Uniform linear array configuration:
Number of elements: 12
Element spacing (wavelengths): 0.25
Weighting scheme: hann
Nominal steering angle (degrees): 45
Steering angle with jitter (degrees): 43.635
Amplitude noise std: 0.05
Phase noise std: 0.05

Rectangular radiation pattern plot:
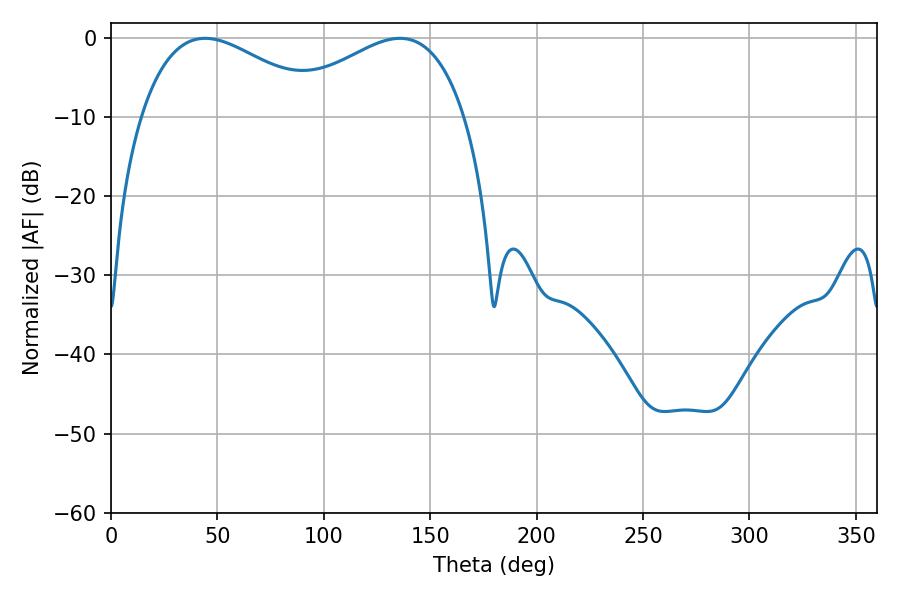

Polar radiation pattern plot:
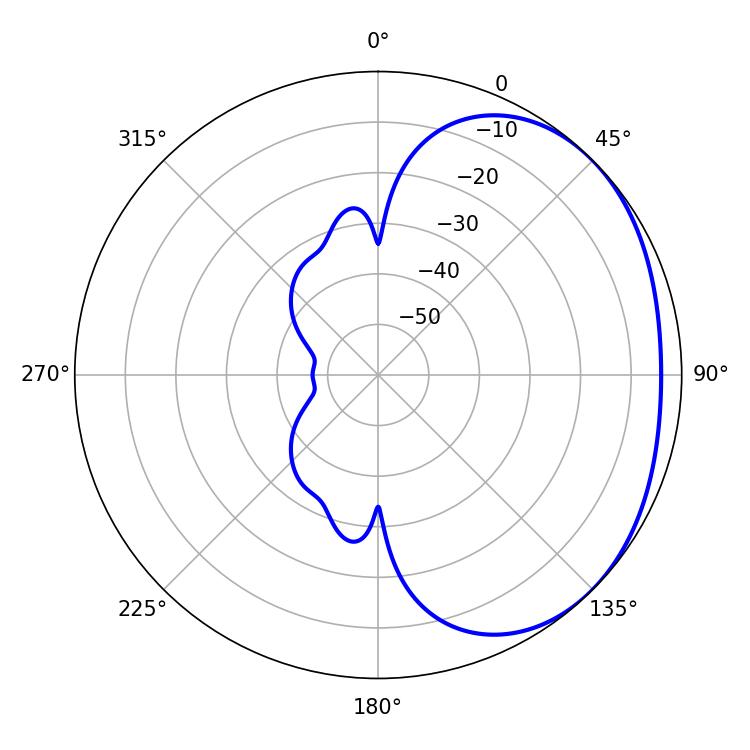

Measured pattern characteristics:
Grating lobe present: FALSE
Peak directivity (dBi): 2.039
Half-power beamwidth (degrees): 47.34
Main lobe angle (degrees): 44.28